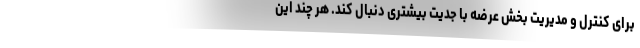
برای کنترل و مدیریت بخش عرضه با جدیت بیشتری دنبال کند. هر چند این